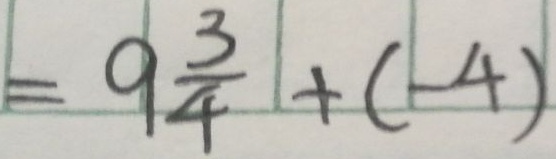
= 9 \frac { 3 } { 4 } + ( - 4 )